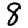
Digit: 8